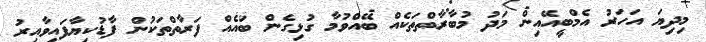
މިދިޔަ އަހަރު އެމްބީއޭއިން މަދު މުބާރާތްތަކެއް ބޭއްވުމާ ގުޅިގެން ބައެއް ފަރާތްތަކުން ފާޑުކިޔާފައިވާއިރު